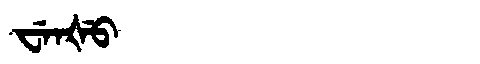
Manchu: ᠸᡝᠨᡧᡠ
Romanization: WENŠU